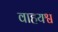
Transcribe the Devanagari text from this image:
वाहयश्व